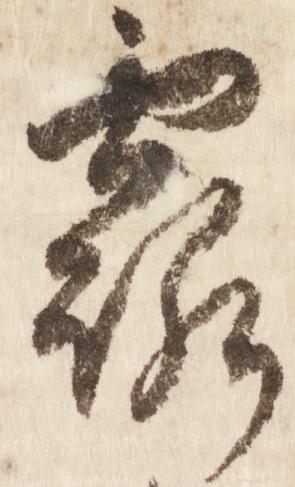
露